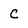
Character: c